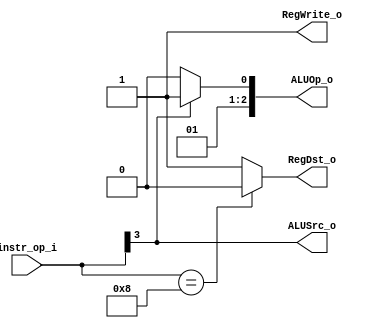
module Decoder( instr_op_i, RegWrite_o,	ALUOp_o, ALUSrc_o, RegDst_o );

//I/O ports
input	[6-1:0] instr_op_i;

output			RegWrite_o;
output	[3-1:0] ALUOp_o;
output			ALUSrc_o;
output			RegDst_o;
 
//Internal Signals
wire	[3-1:0] ALUOp_o;
wire			ALUSrc_o;
wire			RegWrite_o;
wire			RegDst_o;

//Main function
assign ALUOp_o = (instr_op_i[3]) ? 3'b011 : 3'b010;
assign ALUSrc_o = instr_op_i[3]==1'b1;
assign RegWrite_o = 1'b1;
assign RegDst_o = (instr_op_i==6'b001_000) ? 1'b0 : 1'b1;

endmodule